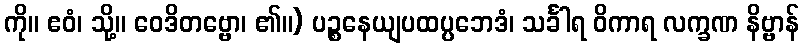
ကို။ ဧဝံ၊ သို့။ ဝေဒိတဗ္ဗော၊ ၏။) ပဉ္စနေယျပထပ္ပဘေဒံ၊ သင်္ခါရ ဝိကာရ လက္ခဏ နိဗ္ဗာန်